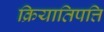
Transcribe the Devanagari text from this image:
क्रियातिपत्ति